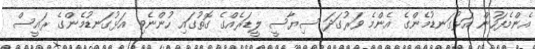
އެންމެފަހުން އަޅުގަނޑުމެންގެ އެންމެ ވަރުގަދަ ސިޔާސީ ލީޑަރެއްގެ ގޮތުގައި ހުންނެވި އަޅުގަނޑުމެންގެ ރައީސް